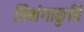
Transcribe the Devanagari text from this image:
त्रिभंगाकृतिं